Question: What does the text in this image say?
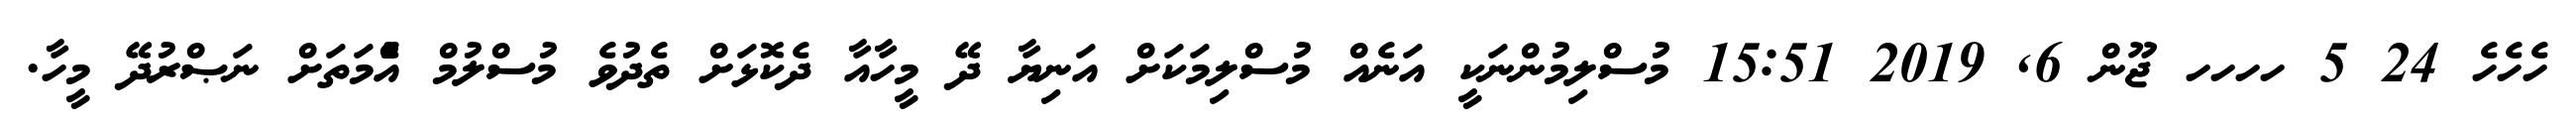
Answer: ހެހެހެ 24 5 ހހހހ ޖޫން 6, 2019 15:51 މުސްލިމުންނަކީ އަނެއް މުސްލިމަކަށް އަނިޔާ ދޭ މީހާއާ ދެކޮޅަށް ތެދުވެ މުސްލުމް އުެްމަތަށް ނަޞްރުދޭ މީހާ.